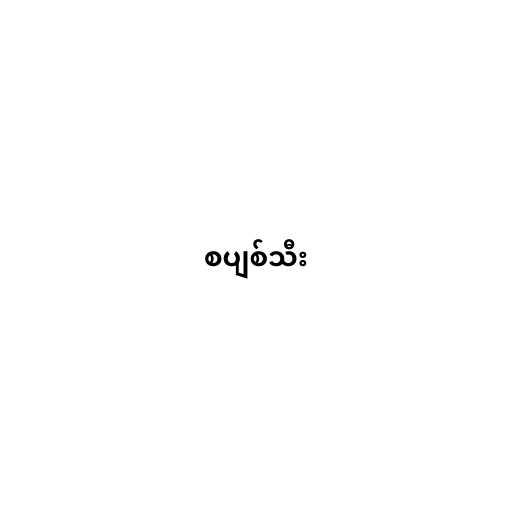
စပျစ်သီး